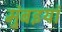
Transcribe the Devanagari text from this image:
मुंबइयां